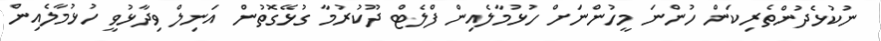
ނުކުޅެދުންތެރިކަން ހުންނަ މީހުންނަށް ހުޅުމާލެއިން ފްލެޓް ދޫކުރުމާ ގުޅޭގޮތުން އަނިލް ވިދާޅުވީ ހުޅުމާލެއިން